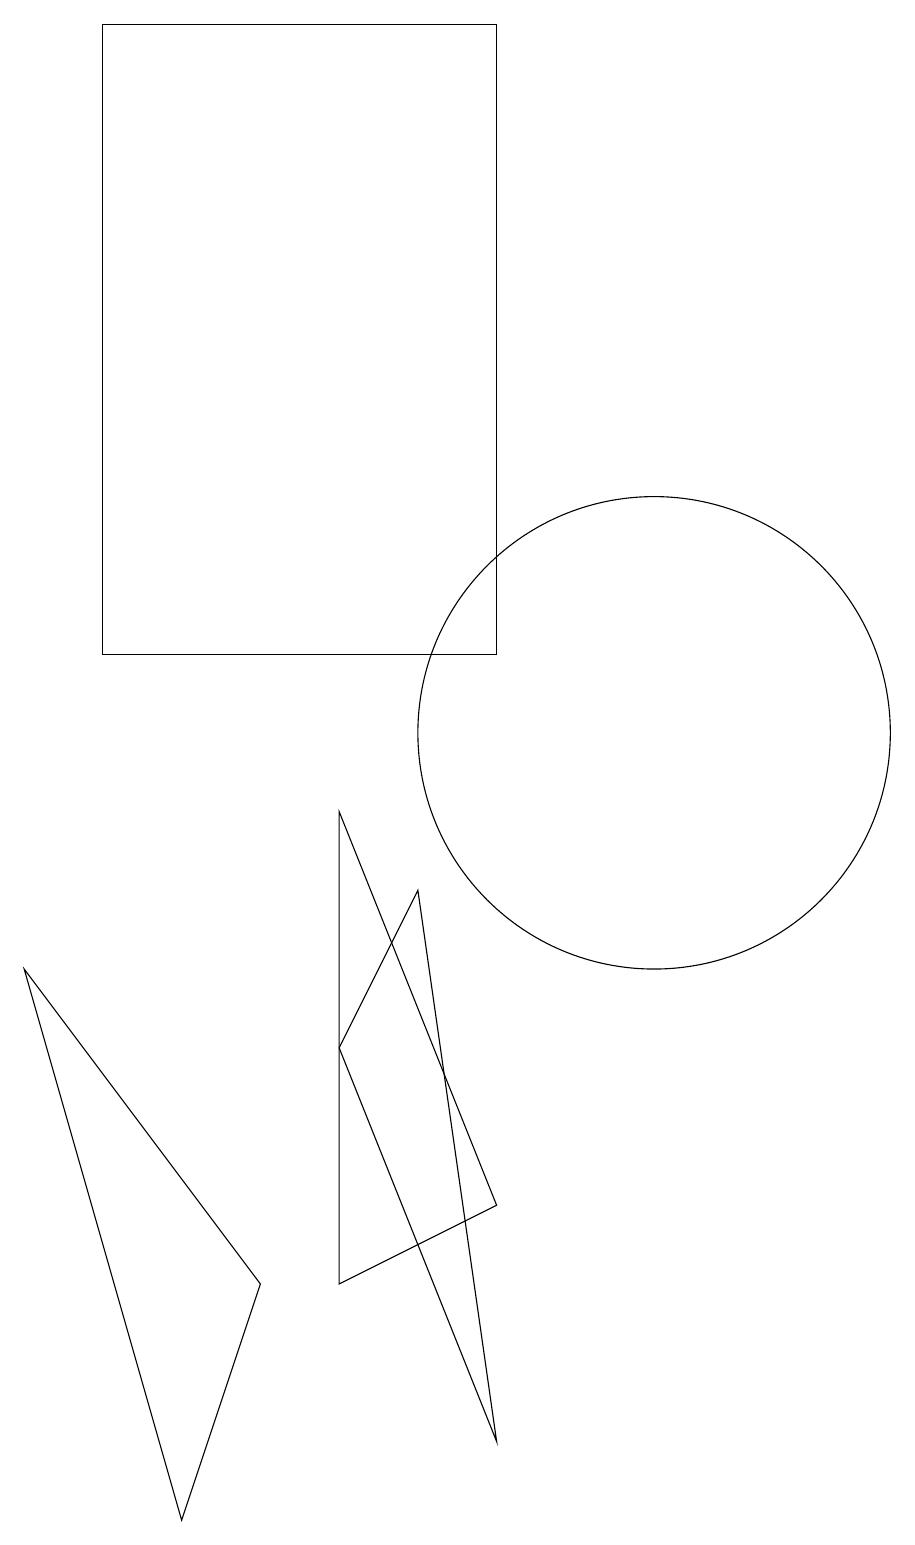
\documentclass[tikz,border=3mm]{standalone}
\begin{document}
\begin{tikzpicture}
\draw (7,6) -- (9,1) -- (8,8) -- cycle;
\draw (5,0) -- (3,7) -- (6,3) -- cycle;
\draw (9,19) rectangle (4,11);
\draw (7,3) -- (9,4) -- (7,9) -- cycle;
\draw (11,10) circle (3);
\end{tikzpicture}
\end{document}